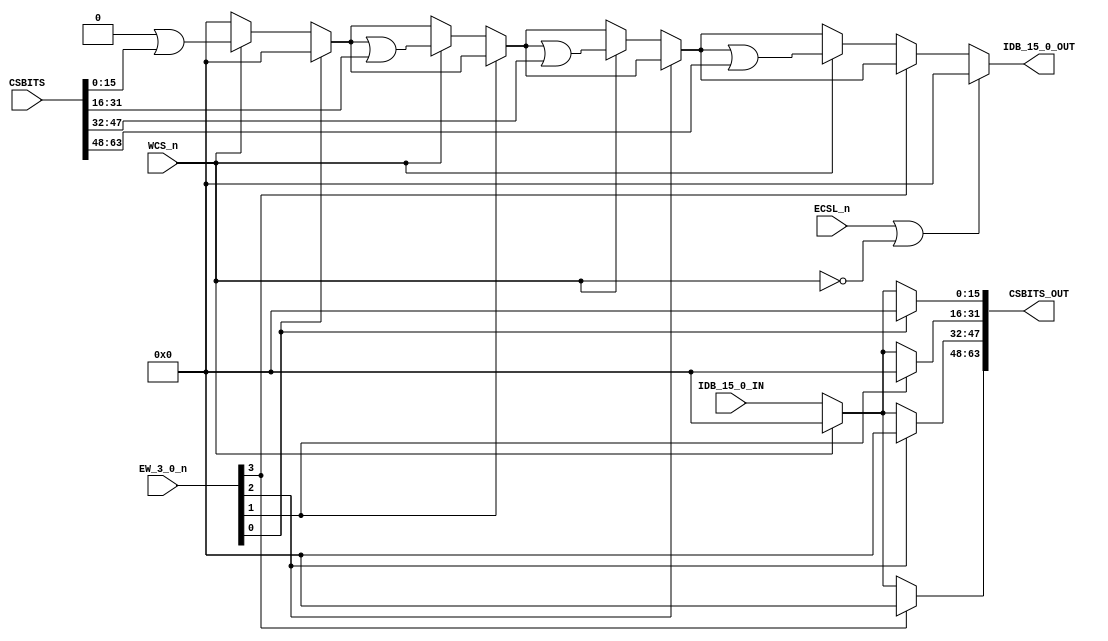
// This program was cloned from: https://github.com/RonnyA/nd-120
// License: MIT License

/**************************************************************************
** ND120 CPU, MM&M                                                       **
** CPU/CS/TCV                                                            **
** CS TRANSCEIVERS                                                       **
** SHEET 20 of 50                                                        **
**                                                                       ** 
** Last reviewed: 14-APRIL-2024                                          **
** Ronny Hansen                                                          **               
***************************************************************************/

module CPU_CS_TCV_20(
                      input  [63:0] CSBITS,
                      output [63:0] CSBITS_OUT,

                      input  [15:0] IDB_15_0_IN,
                      output [15:0] IDB_15_0_OUT,

                      input         ECSL_n,
                      input         WCS_n,
                      input [3:0]   EW_3_0_n // output enable signals                                      
                      );

   

   /*******************************************************************************
   ** The wires are defined here                                                 **
   *******************************************************************************/
   reg [63:0] regCSBITS;   
   reg [15:0] regIDB_out;

   
   // WCS_n decides is its DIR-ection of the data from CSBITS => IDB or CSBITS <= IDB
   wire DIR; //  DIR = H (A to B - CSBITS to IDB)  or DIR = L (B to A - IDB to CSBITS)
   assign DIR = WCS_n;
   
   always @(*) begin
      
      regIDB_out  = 0;
      regCSBITS = 0;

      if (EW_3_0_n[0] == 0) begin         
         if (DIR) begin 
            regIDB_out = regIDB_out | CSBITS[15:0];
         end else begin            
            regCSBITS[15:0]  = IDB_15_0_IN;
         end         
      end
      
      if (EW_3_0_n[1] == 0) begin    
         if (DIR) begin 
            regIDB_out = regIDB_out | CSBITS[31:16];            
         end else begin
            regCSBITS[31:16]  = IDB_15_0_IN;
         end         
      end 
      
      if (EW_3_0_n[2] == 0) begin         
         if (DIR) begin 
            regIDB_out = regIDB_out | CSBITS[47:32];
         end else begin
            regCSBITS[47:32]  = IDB_15_0_IN;            
         end         
      end 
      
      if (EW_3_0_n[3] == 0) begin         
         if (DIR) begin 
            regIDB_out = regIDB_out |CSBITS[63:48];
         end else begin
            regCSBITS[63:48] = IDB_15_0_IN;            
         end         
      end         
   
   end


   // Write to CSBITS from IDB
   //assign s_csbits_15_0  = (!WCS_n & !EW_3_0_n[0]) ? IDB_15_0_IN : CSBITS[15:0];
   //assign s_csbits_31_16 = (!WCS_n & !EW_3_0_n[1]) ? IDB_15_0_IN : CSBITS[31:16];
   //assign s_csbits_47_32 = (!WCS_n & !EW_3_0_n[2]) ? IDB_15_0_IN : CSBITS[47:32]; 
   //assign s_csbits_63_48 = (!WCS_n & !EW_3_0_n[3]) ? IDB_15_0_IN : CSBITS[63:48];

   

   // Write to IDB from CSBITS
   //assign regidb = EW_3_0_n[0] ? 16'b0 : CSBITS[15:0];   
   //assign regidb = EW_3_0_n[1] ? 16'b0 : CSBITS[31:16];   
   //assign regidb = EW_3_0_n[2] ? 16'b0 : CSBITS[47:32];
   //assign regidb = EW_3_0_n[3] ? 16'b0 : CSBITS[63:48];
 


   // ECSL_n decides if the data should be enabled out (on the IDB bus and the CSBITS output bus)
   //assign IDB_15_0_OUT = (ECSL_n & !WCS_n) ? 16'b0 : regIDB[15:0];   
   assign IDB_15_0_OUT = (ECSL_n | !WCS_n) ? 16'b0 : regIDB_out[15:0];   

   //assign CSBITS_OUT[63:0] = (ECSL_n & WCS_n) ? 64'b0 : regCSBITS[63:0];
   //assign CSBITS_OUT[63:0] = (WCS_n) ? 64'b0 : regCSBITS[63:0];
   assign CSBITS_OUT[63:0] = regCSBITS;
   

endmodule